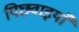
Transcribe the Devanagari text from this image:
पिछवाइयाँ